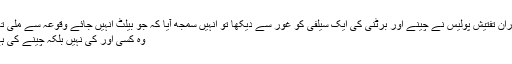
دوران تفتیش پولیس نے چینے اور برٹنی کی ایک سیلفی کو غور سے دیکھا تو انہیں سمجھ آیا کہ جو بیلٹ انہیں جائے وقوعہ سے ملی تھی
وہ کسی اور کی نہیں بلکہ چینے کی ہے۔